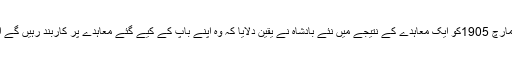
چنانچہ سر لوئس ڈین کابل آ ئے اور 21مارچ 1905کو ایک معاہدے کے نتیجے میں نئے بادشاہ نے یقین دلایا کہ وہ اپنے باپ کے کیے گئے معاہدے پر کاربند رہیں گے اور اس کی خلاف ورزی نہیں کریں گے۔